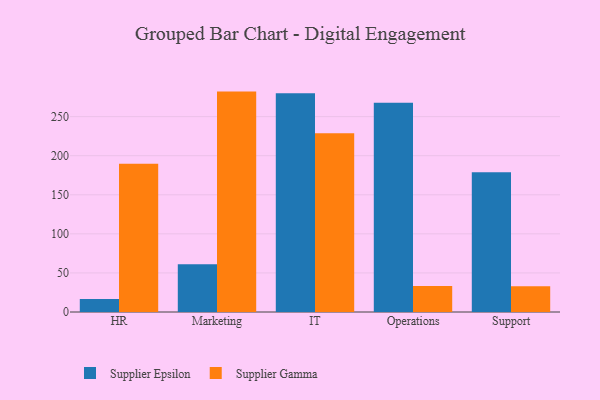
{"axis": {"x": "Department", "y": "Latency (ms)"}, "legend": ["Supplier Epsilon", "Supplier Gamma"], "data": [{"x": "HR", "y": 16.6, "type": "Supplier Epsilon"}, {"x": "HR", "y": 189.7, "type": "Supplier Gamma"}, {"x": "Marketing", "y": 61.2, "type": "Supplier Epsilon"}, {"x": "Marketing", "y": 282.0, "type": "Supplier Gamma"}, {"x": "IT", "y": 279.9, "type": "Supplier Epsilon"}, {"x": "IT", "y": 228.7, "type": "Supplier Gamma"}, {"x": "Operations", "y": 267.8, "type": "Supplier Epsilon"}, {"x": "Operations", "y": 33.3, "type": "Supplier Gamma"}, {"x": "Support", "y": 178.9, "type": "Supplier Epsilon"}, {"x": "Support", "y": 33.0, "type": "Supplier Gamma"}]}